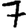
Digit: 7